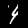
Label: 4